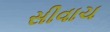
સીવાચ